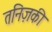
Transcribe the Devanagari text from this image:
तनिज़की